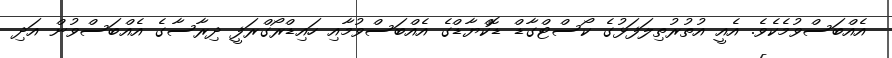
އެއްބަސްވުމެކެވެ. އެއީ އުތުރުތިލަފަޅުގެ ކޯސްޓްގާޑް ޑޮކްޔާޑްގެ އެއްބަސްވުމާއި ހައިޑްރޯގްރަފީ ދިރާސާގެ އެއްބަސްވުން އަދި